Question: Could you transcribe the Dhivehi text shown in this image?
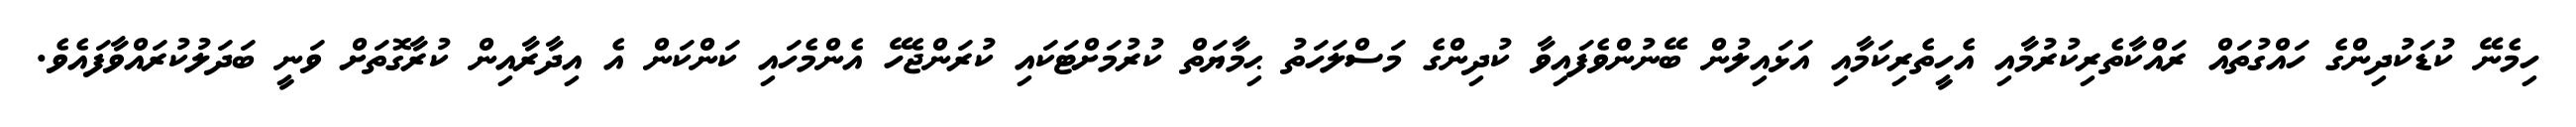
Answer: ހިމެނޭ ކުޑަކުދިންގެ ހައްގުތައް ރައްކާތެރިކުރުމާއި އެހީތެރިކަމާއި އަޅައިލުން ބޭނުންވެފައިވާ ކުދިންގެ މަސްލަހަތު ޙިމާޔަތް ކުރުމަށްޓަކައި ކުރަންޖެހޭ އެންމެހައި ކަންކަން އެ އިދާރާއިން ކުރާގޮތަށް ވަނީ ބަދަލުކުރައްވާފައެވެ.